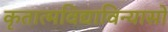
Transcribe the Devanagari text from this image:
कृतात्मविद्याविन्यासो